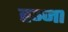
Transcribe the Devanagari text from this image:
ह्ञ्जा